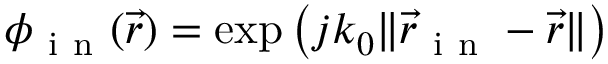
\phi _ { \mathrm { ~ i ~ n ~ } } ( \vec { r } ) = \exp { \left( j k _ { 0 } \Vert \vec { r } _ { \mathrm { ~ i ~ n ~ } } - \vec { r } \Vert \right) }